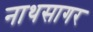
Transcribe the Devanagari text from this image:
नाथसागर